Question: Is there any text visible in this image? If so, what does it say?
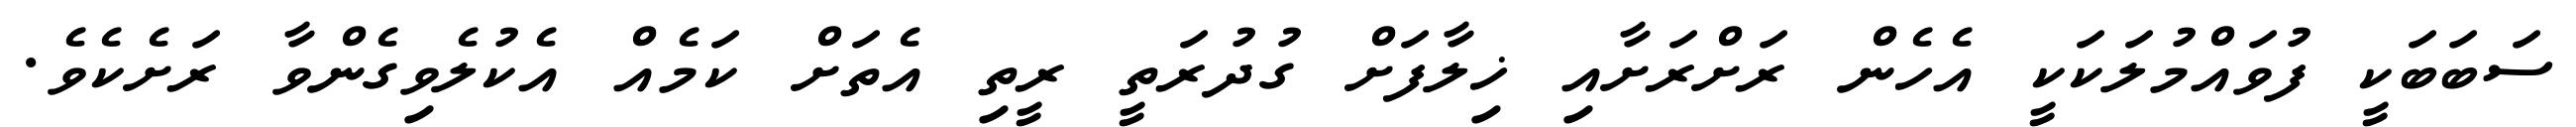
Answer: ސަބަބަކީ ފުވައްމުލަކަކީ އެހެން ރަށްރަށާއި ޚިލާފަށް ގުދުރަތީ ރީތި އެތަށް ކަމެއް އެކުލެވިގެންވާ ރަށެކެވެ.